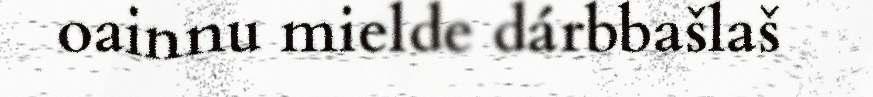
oainnu mielde dárbbašlaš